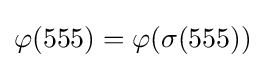
\varphi (555)=\varphi (\sigma (555))